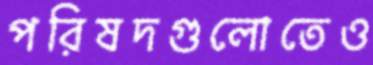
পরিষদগুলোতেও